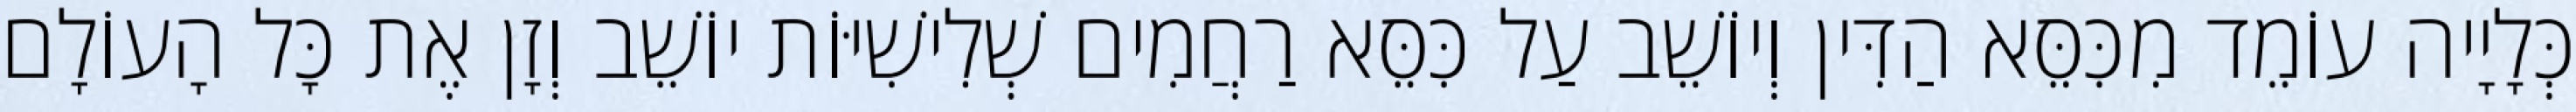
כְּלָיָיה עוֹמֵד מִכִּסֵּא הַדִּין וְיוֹשֵׁב עַל כִּסֵּא רַחֲמִים שְׁלִישִׁיּוֹת יוֹשֵׁב וְזָן אֶת כָּל הָעוֹלָם